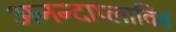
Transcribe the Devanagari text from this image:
अनन्दाप्लावित